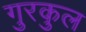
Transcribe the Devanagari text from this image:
गुरकुल